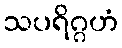
သပရိဂ္ဂဟံ